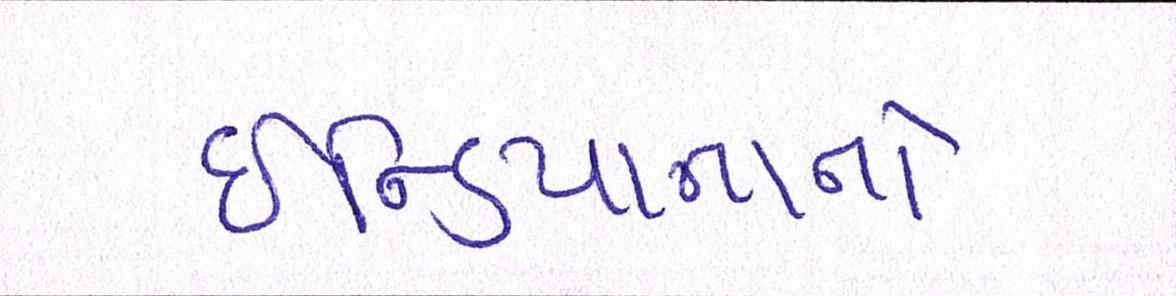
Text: ઇન્ડિયાનાનો